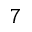
^ 7